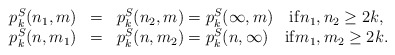
\begin{align*}\begin{array}{lll}p_k^S(n_1,m) &=& p_k^S(n_2,m) = p_k^S(\infty,m) \quad{\rm if}n_1,n_2\geq 2k,\\p_k^S(n,m_1) &=& p_k^S(n,m_2) = p_k^S(n,\infty) \quad{\rm if}m_1,m_2\geq 2k.\end{array}\end{align*}